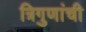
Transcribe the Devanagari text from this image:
त्रिगुणांची